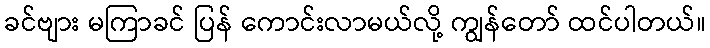
ခင်ဗျား မကြာခင် ပြန် ကောင်းလာမယ်လို့ ကျွန်တော် ထင်ပါတယ်။